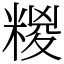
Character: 糉